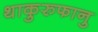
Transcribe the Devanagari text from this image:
थाकुरुफानु